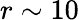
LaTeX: r\sim 10